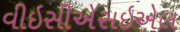
વીઇસીએસઇએલ